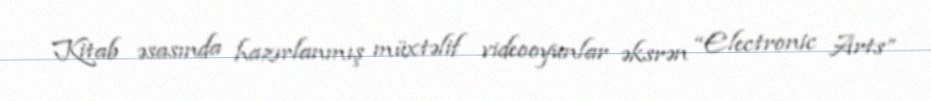
Kitab əsasında hazırlanmış müxtəlif videooyunlar əksrən “Electronic Arts”